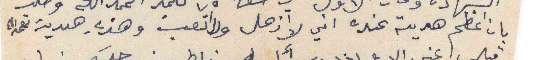
بان اعظم هدية عنده اني لا ازعل ولا اتعب وهذي هدية نعمه الله